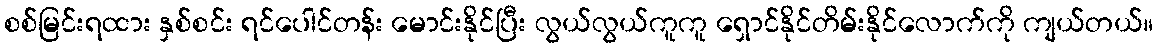
စစ်မြင်းရထား နှစ်စင်း ရင်ပေါင်တန်း မောင်းနိုင်ပြီး လွယ်လွယ်ကူကူ ရှောင်နိုင်တိမ်းနိုင်လောက်ကို ကျယ်တယ်။